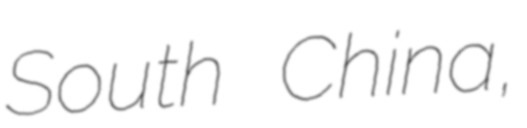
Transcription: South China,